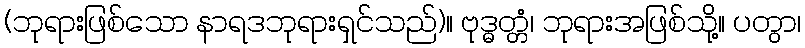
(ဘုရားဖြစ်သော နာရဒဘုရားရှင်သည်)။ ဗုဒ္ဓတ္တံ၊ ဘုရားအဖြစ်သို့။ ပတွာ၊